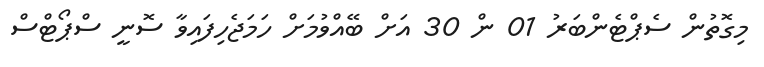
މިގޮތުން ސެޕްޓެންބަރު 01 ން 30 އަށް ބޭއްވުމަށް ހަމަޖެހިފައިވާ ސޮނީ ސްޕޯޓްސް